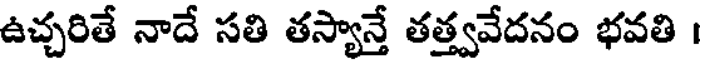
ఉచ్చరితే నాదే సతి తస్యాన్తే తత్త్వవేదనం భవతి ।